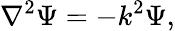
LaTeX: \nabla^{2}\Psi=-k^{2}\Psi,